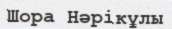
Шора Нәрікұлы